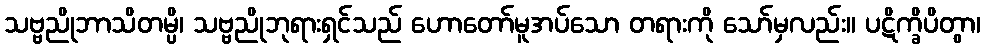
သဗ္ဗညိုဘာသိတမ္ပိ၊ သဗ္ဗညိုဘုရားရှင်သည် ဟောတော်မူအပ်သော တရားကို သော်မှလည်း။ ပဋိက္ခိပိတွာ၊